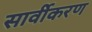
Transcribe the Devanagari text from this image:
सार्वीकरण